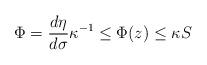
LaTeX: \begin{align*} \Phi=\frac{d\eta}{d\sigma} \kappa^{-1}\le \Phi(z)\le \kappa S \end{align*}